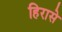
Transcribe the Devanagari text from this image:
हिरासे